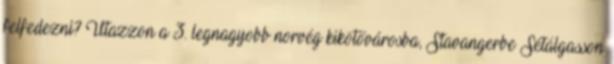
felfedezni? Utazzon a 3. legnagyobb norvég kikötővárosba, Stavangerbe Sétálgasson